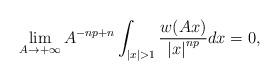
LaTeX: \begin{align*}\lim_{A\rightarrow+\infty}A^{-np+n}\int_{|x|>1}\frac{w(Ax)}{{|x|}^{np}}dx=0,\end{align*}